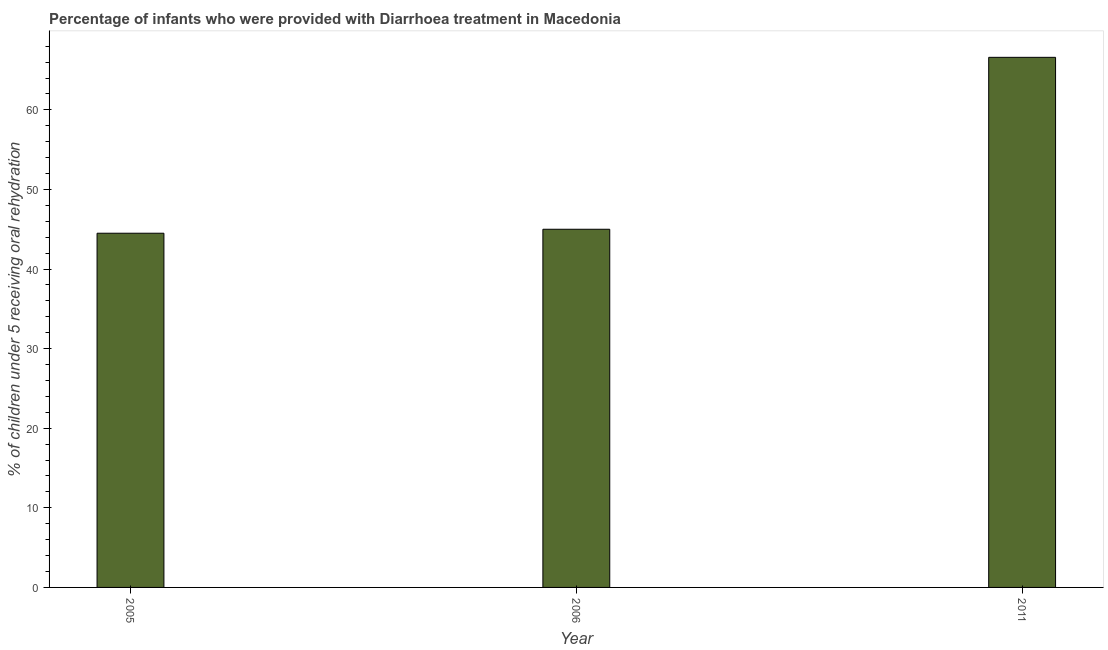
| Year | Diarrhea treatment |
 | --- | --- |
 | 2005 | 44.5 |
 | 2006 | 45 |
 | 2011 | 66.6 |